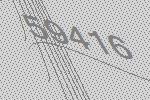
59416